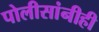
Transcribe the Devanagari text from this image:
पोलीसांनीही